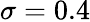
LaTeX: \sigma=0.4